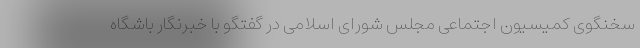
سخنگوی کمیسیون اجتماعی مجلس شورای اسلامی در گفتگو با خبرنگار باشگاه